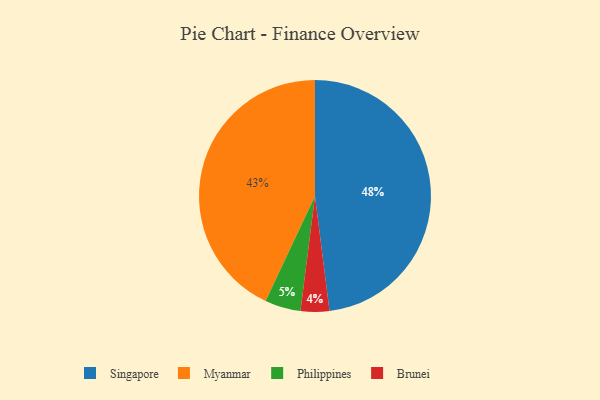
{"axis": {"x": "Category", "y": "Percentage"}, "legend": ["Brunei", "Myanmar", "Philippines", "Singapore"], "data": [{"x": "Myanmar", "y": 43, "type": "Myanmar"}, {"x": "Brunei", "y": 4, "type": "Brunei"}, {"x": "Singapore", "y": 48, "type": "Singapore"}, {"x": "Philippines", "y": 5, "type": "Philippines"}]}